Indian journal of veterinary science and animal husbandry - Volume 6,
Year: 1936
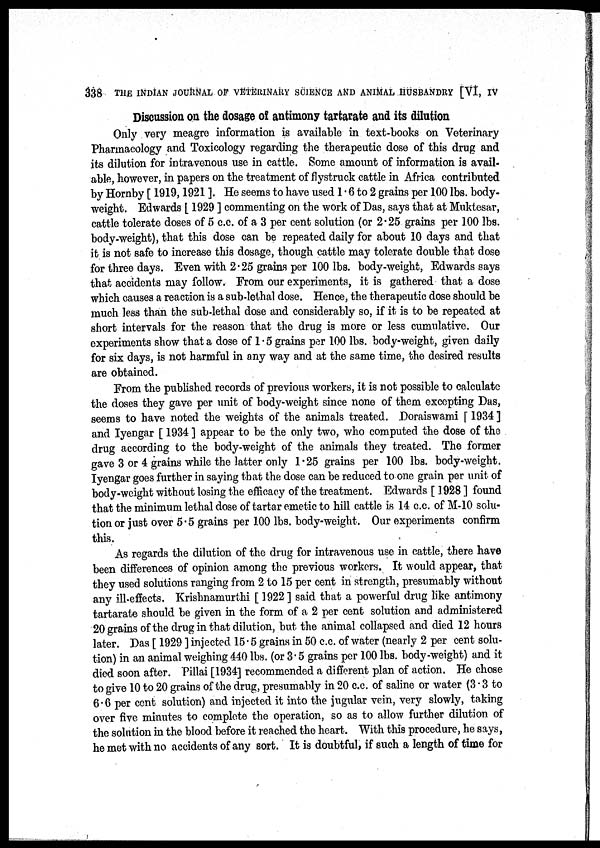
338 THE INDIAN JOURNAL OF VETERINARY SCIENCE AND ANIMAL HUSBANDRY [VI, IV
Discussion on the dosage of antimony tartarate and its dilution
Only very meagre information is available in text-books on Veterinary
Pharmacology and Toxicology regarding the therapeutic dose of this drug and
its dilution for intravenous use in cattle. Some amount of information is avail-
able, however, in papers on the treatment of flystruck cattle in Africa contributed
by Hornby [1919, 1921]. He seems to have used 1.6 to 2 grains per 100 lbs. body¬
weight. Edwards [ 1929 ] commenting on the work of Das, says that at Muktesar,
cattle tolerate doses of 5 c.c. of a 3 per cent solution (or 2.25 grains per 100 lbs.
body-weight), that this dose can be repeated daily for about 10 days and that
it is not safe to increase this dosage, though cattle may tolerate double that dose
for three days. Even with 2.25 grains per 100 lbs. body-weight, Edwards says
that accidents may follow. From our experiments, it is gathered that a dose
which causes a reaction is a sub-lethal dose. Hence, the therapeutic dose should be
much less than the sub-lethal dose and considerably so. if it is to be repeated at
short intervals for the reason that the drug is more or less cumulative. Our
experiments show that a dose of 1.5 grains per 100 lbs. body-weight, given daily
for six days, is not harmful in any way and at the same time, the desired results
are obtained.
From the published records of previous workers, it is not possible to calculate
the doses they gave per unit of body-weight since none of them excepting Das,
seems to have noted the weights of the animals treated. Doraiswami [ 1934 ]
and Iyengar [ 1934 ] appear to be the only two, who computed the dose of the
drug according to the body-weight of the animals they treated. The former
gave 3 or 4 grains while the latter only 1.25 grains per 100 lbs. body-weight.
Iyengar goes further in saying that the dose can be reduced to one grain per unit of
body-weight without losing the efficacy of the treatment. Edwards [ 1928 ] found
that the minimum lethal dose of tartar emetic to hill cattle is 14 c.c. of M-10 solu-
tion or just over 5.5 grains per 100 lbs. body-weight. Our experiments confirm
this.
As regards the dilution of the drug for intravenous use in cattle, there have
been differences of opinion among the previous workers. It would appear, that
they used solutions ranging from 2 to 15 per cent in strength, presumably without
any ill-effects. Krishnamurthi [ 1922] said that a powerful drug like antimony
tartarate should be given in the form of a 2 per cent solution and administered
20 grains of the drug in that dilution, but the animal collapsed and died 12 hours
later. Das [ 1929 ] injected 15.5 grains in 50 c.c. of water (nearly 2 per cent solu-
tion) in an animal weighing 440 lbs. (or 3.5 grains per 100 lbs. body-weight) and it
died soon after. Pillai [1934] recommended a different plan of action. He chose
to give 10 to 20 grains of the drug, presumably in 20 c.c. of saline or water (3 - 3 to
6.6 per cent solution) and injected it into the jugular vein, very slowly, taking
over five minutes to complete the operation, so as to allow further dilution of
the solution in the blood before it reached the heart. With this procedure, he says,
he met with no accidents of any sort. It is doubtful, if such a length of time for